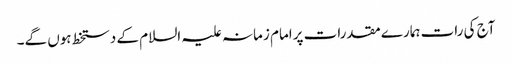
آج کی رات ہمارے مقدرات پرامام زمانہ علیہ السلام کے دستخط ہوں گے۔